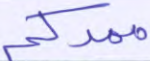
ممدكم